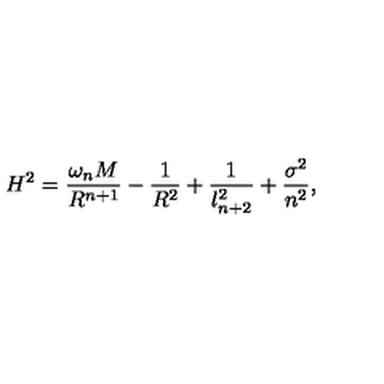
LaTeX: H ^ { 2 } = \frac { \omega _ { n } M } { R ^ { n + 1 } } - \frac { 1 } { R ^ { 2 } } + \frac { 1 } { l _ { n + 2 } ^ { 2 } } + \frac { \sigma ^ { 2 } } { n ^ { 2 } } ,